Indian journal of veterinary science and animal husbandry - Volume 3,
Year: 1933
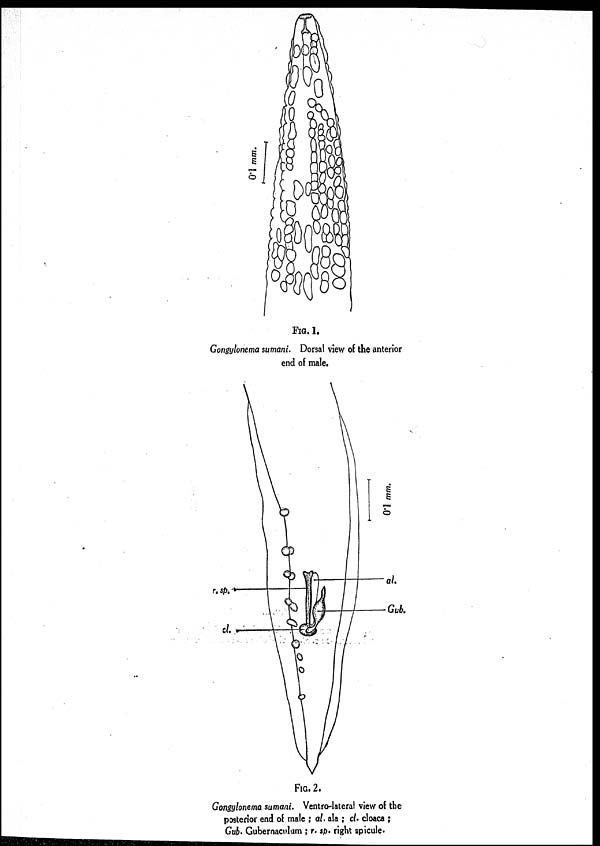
FIG. 1.
Gongylonema sumani. Dorsal view of the anterior
end of male.
FIG. 2.
Gongylonema sumani. Ventro-lateral view of the
posterior end of male ; al. ala ; cl. cloaca ;
Gub. Gubernaculum ; r. sp. right spicule.